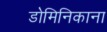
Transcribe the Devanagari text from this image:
डोमिनिकाना